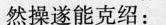
然操遂能克绍：